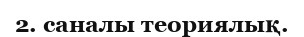
2. саналы теориялық.